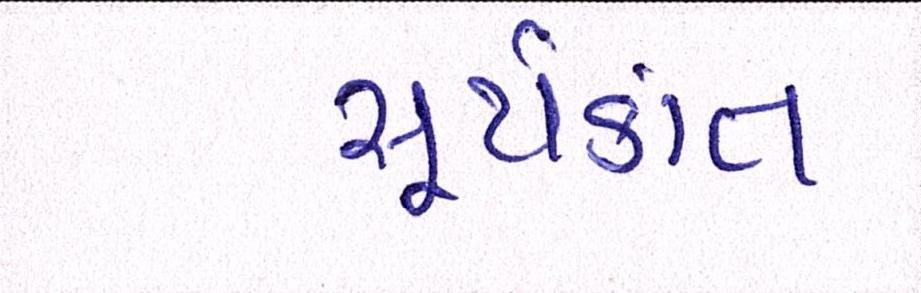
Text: સૂર્યકાંત